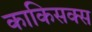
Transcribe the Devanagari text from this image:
काकिसक्स